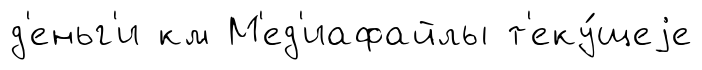
д'еньг'и км М'ед'иафайлы т'еку́щеjе